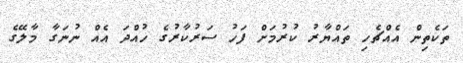
ތަކެތިން އެއްޗެހި ތައްޔާރު ކުރުމަށް ފަހު ސަރުކާރުގެ ހުއްދަ އެއް ނުނަގާ މާލޭގެ